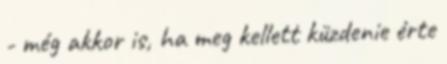
- még akkor is, ha meg kellett küzdenie érte